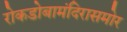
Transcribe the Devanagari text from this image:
रोकडोबामंदिरासमोर